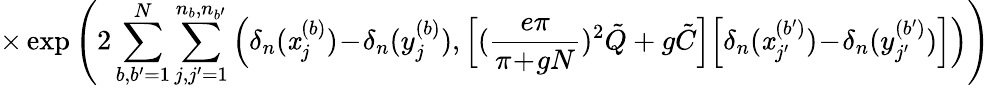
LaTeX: \times\exp\left(2\sum_{b,b^{\prime}=1}^{N}\sum_{j,j^{\prime}=1}^{n_{b},n_{b^{\prime}}}\Big(\delta_{n}(\mathit{x}_{j}^{(b)})\! -\! \delta_{n}(y_{j}^{(b)}),\Big[(\frac{{e\pi}}{{\pi\! +\! gN}})^{2}\tilde{{Q}}+g\tilde{{C}}\Big]\Big[\delta_{n}(\mathit{x}_{j^{\prime}}^{(b^{\prime})})\! -\! \delta_{n}(y_{j^{\prime}}^{(b^{\prime})})\Big]\Big)\right)